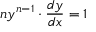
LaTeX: n y ^ { n - 1 } \cdot { \frac { d y } { d x } } = 1